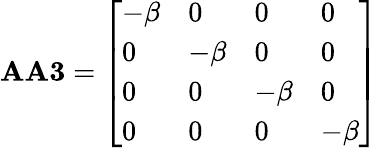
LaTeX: \mathbf{AA3}={\left[\begin{array}{llll}{-\beta}&{0}&{0}&{0}\\ {0}&{-\beta}&{0}&{0}\\ {0}&{0}&{-\beta}&{0}\\ {0}&{0}&{0}&{-\beta}\end{array}\right]}